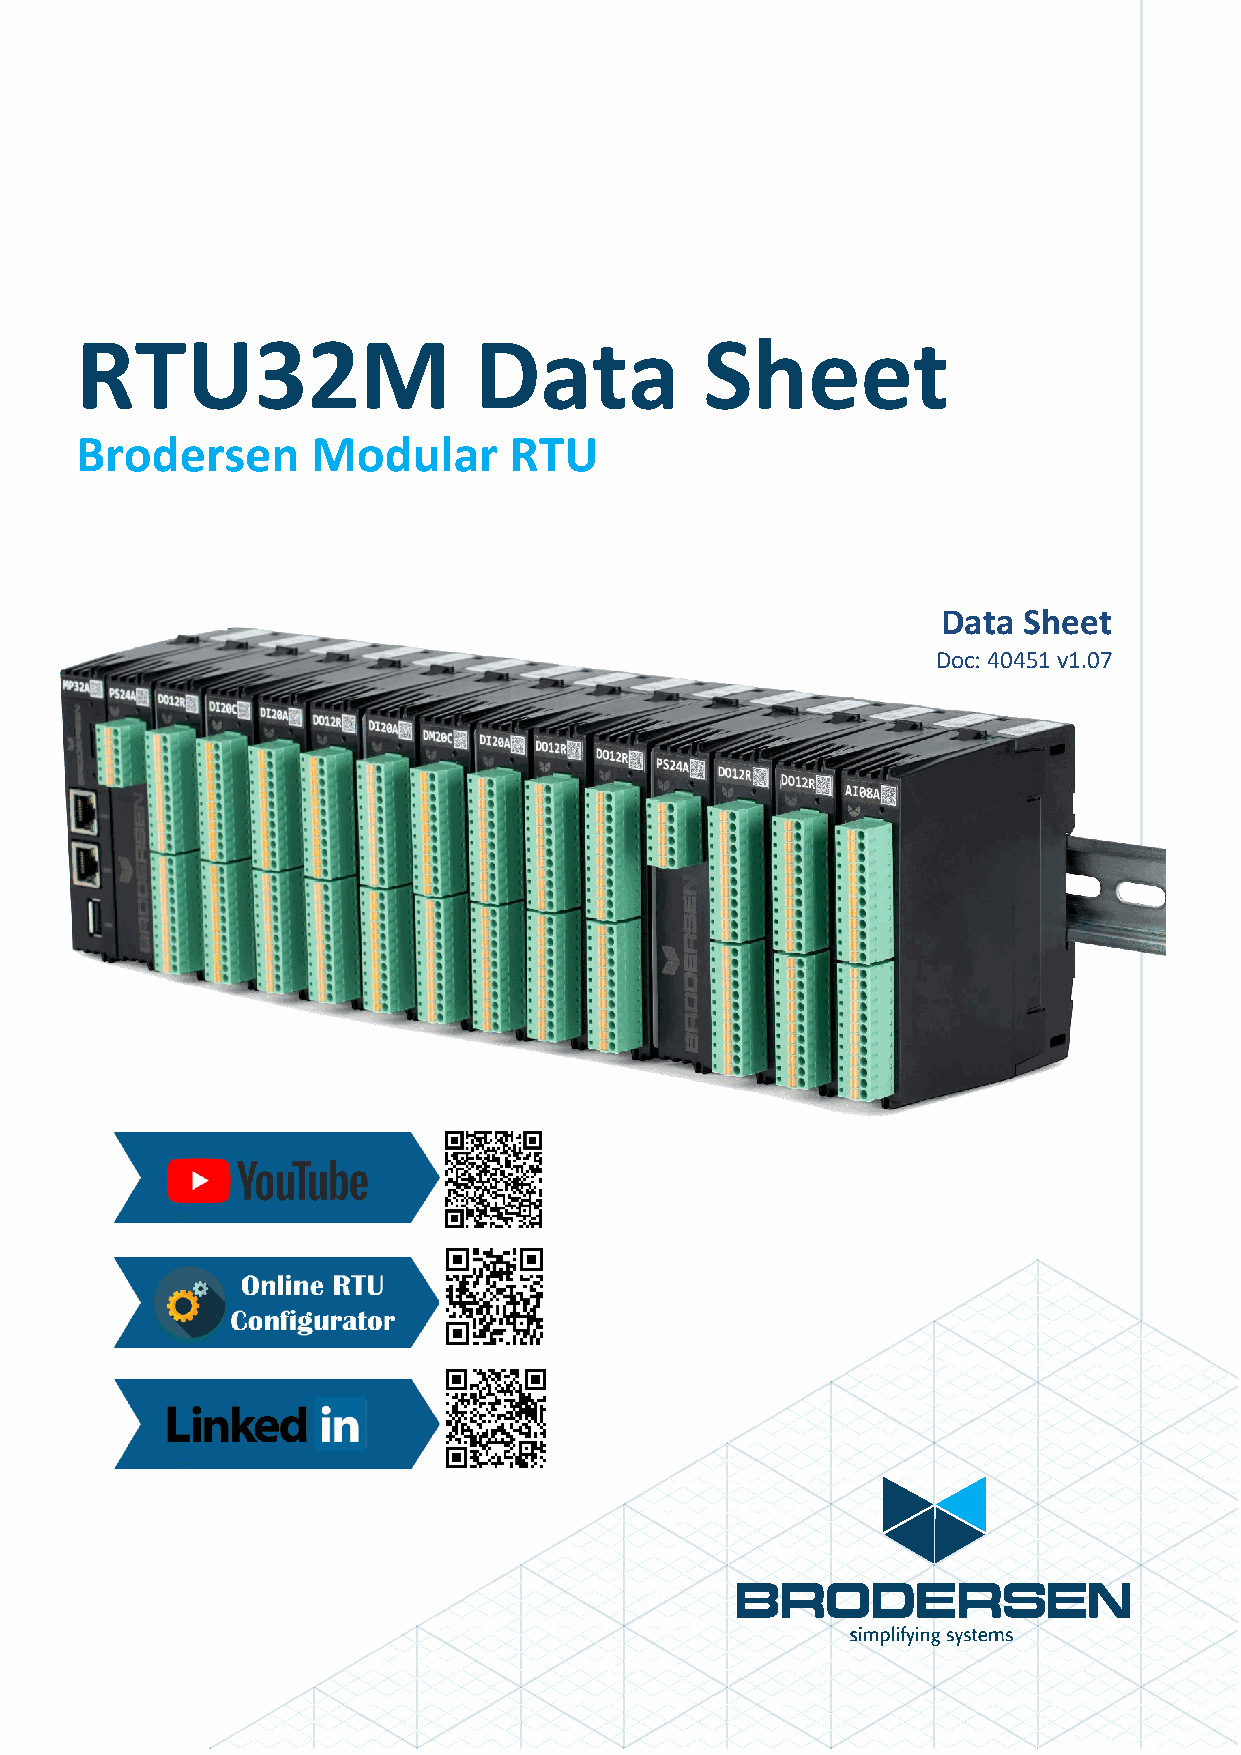
RTU32M                    Data            Sheet
 Brodersen       Modular      RTU
 Data  Sheet
 Doc: 40451 v1.07